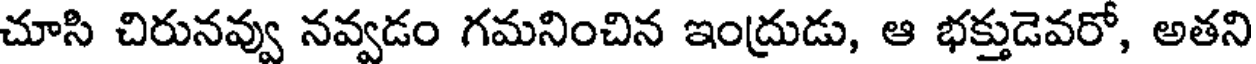
చూసి చిరునవ్వు నవ్వడం గమనించిన ఇంద్రుడు, ఆ భక్తుడెవరో, అతని